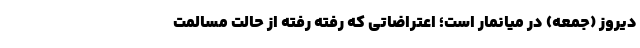
دیروز (جمعه) در میانمار است؛ اعتراضاتی که رفته رفته از حالت مسالمت